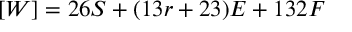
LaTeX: [ W ] = 2 6 S + ( 1 3 r + 2 3 ) { \cal { E } } + 1 3 2 F